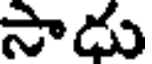
సాడు